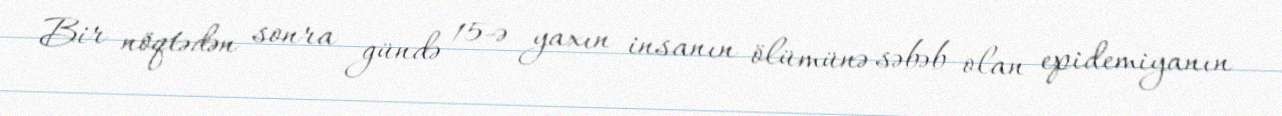
Bir nöqtədən sonra gündə 15-ə yaxın insanın ölümünə səbəb olan epidemiyanın